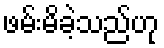
ဖမ်းမိခဲ့သည်ဟု